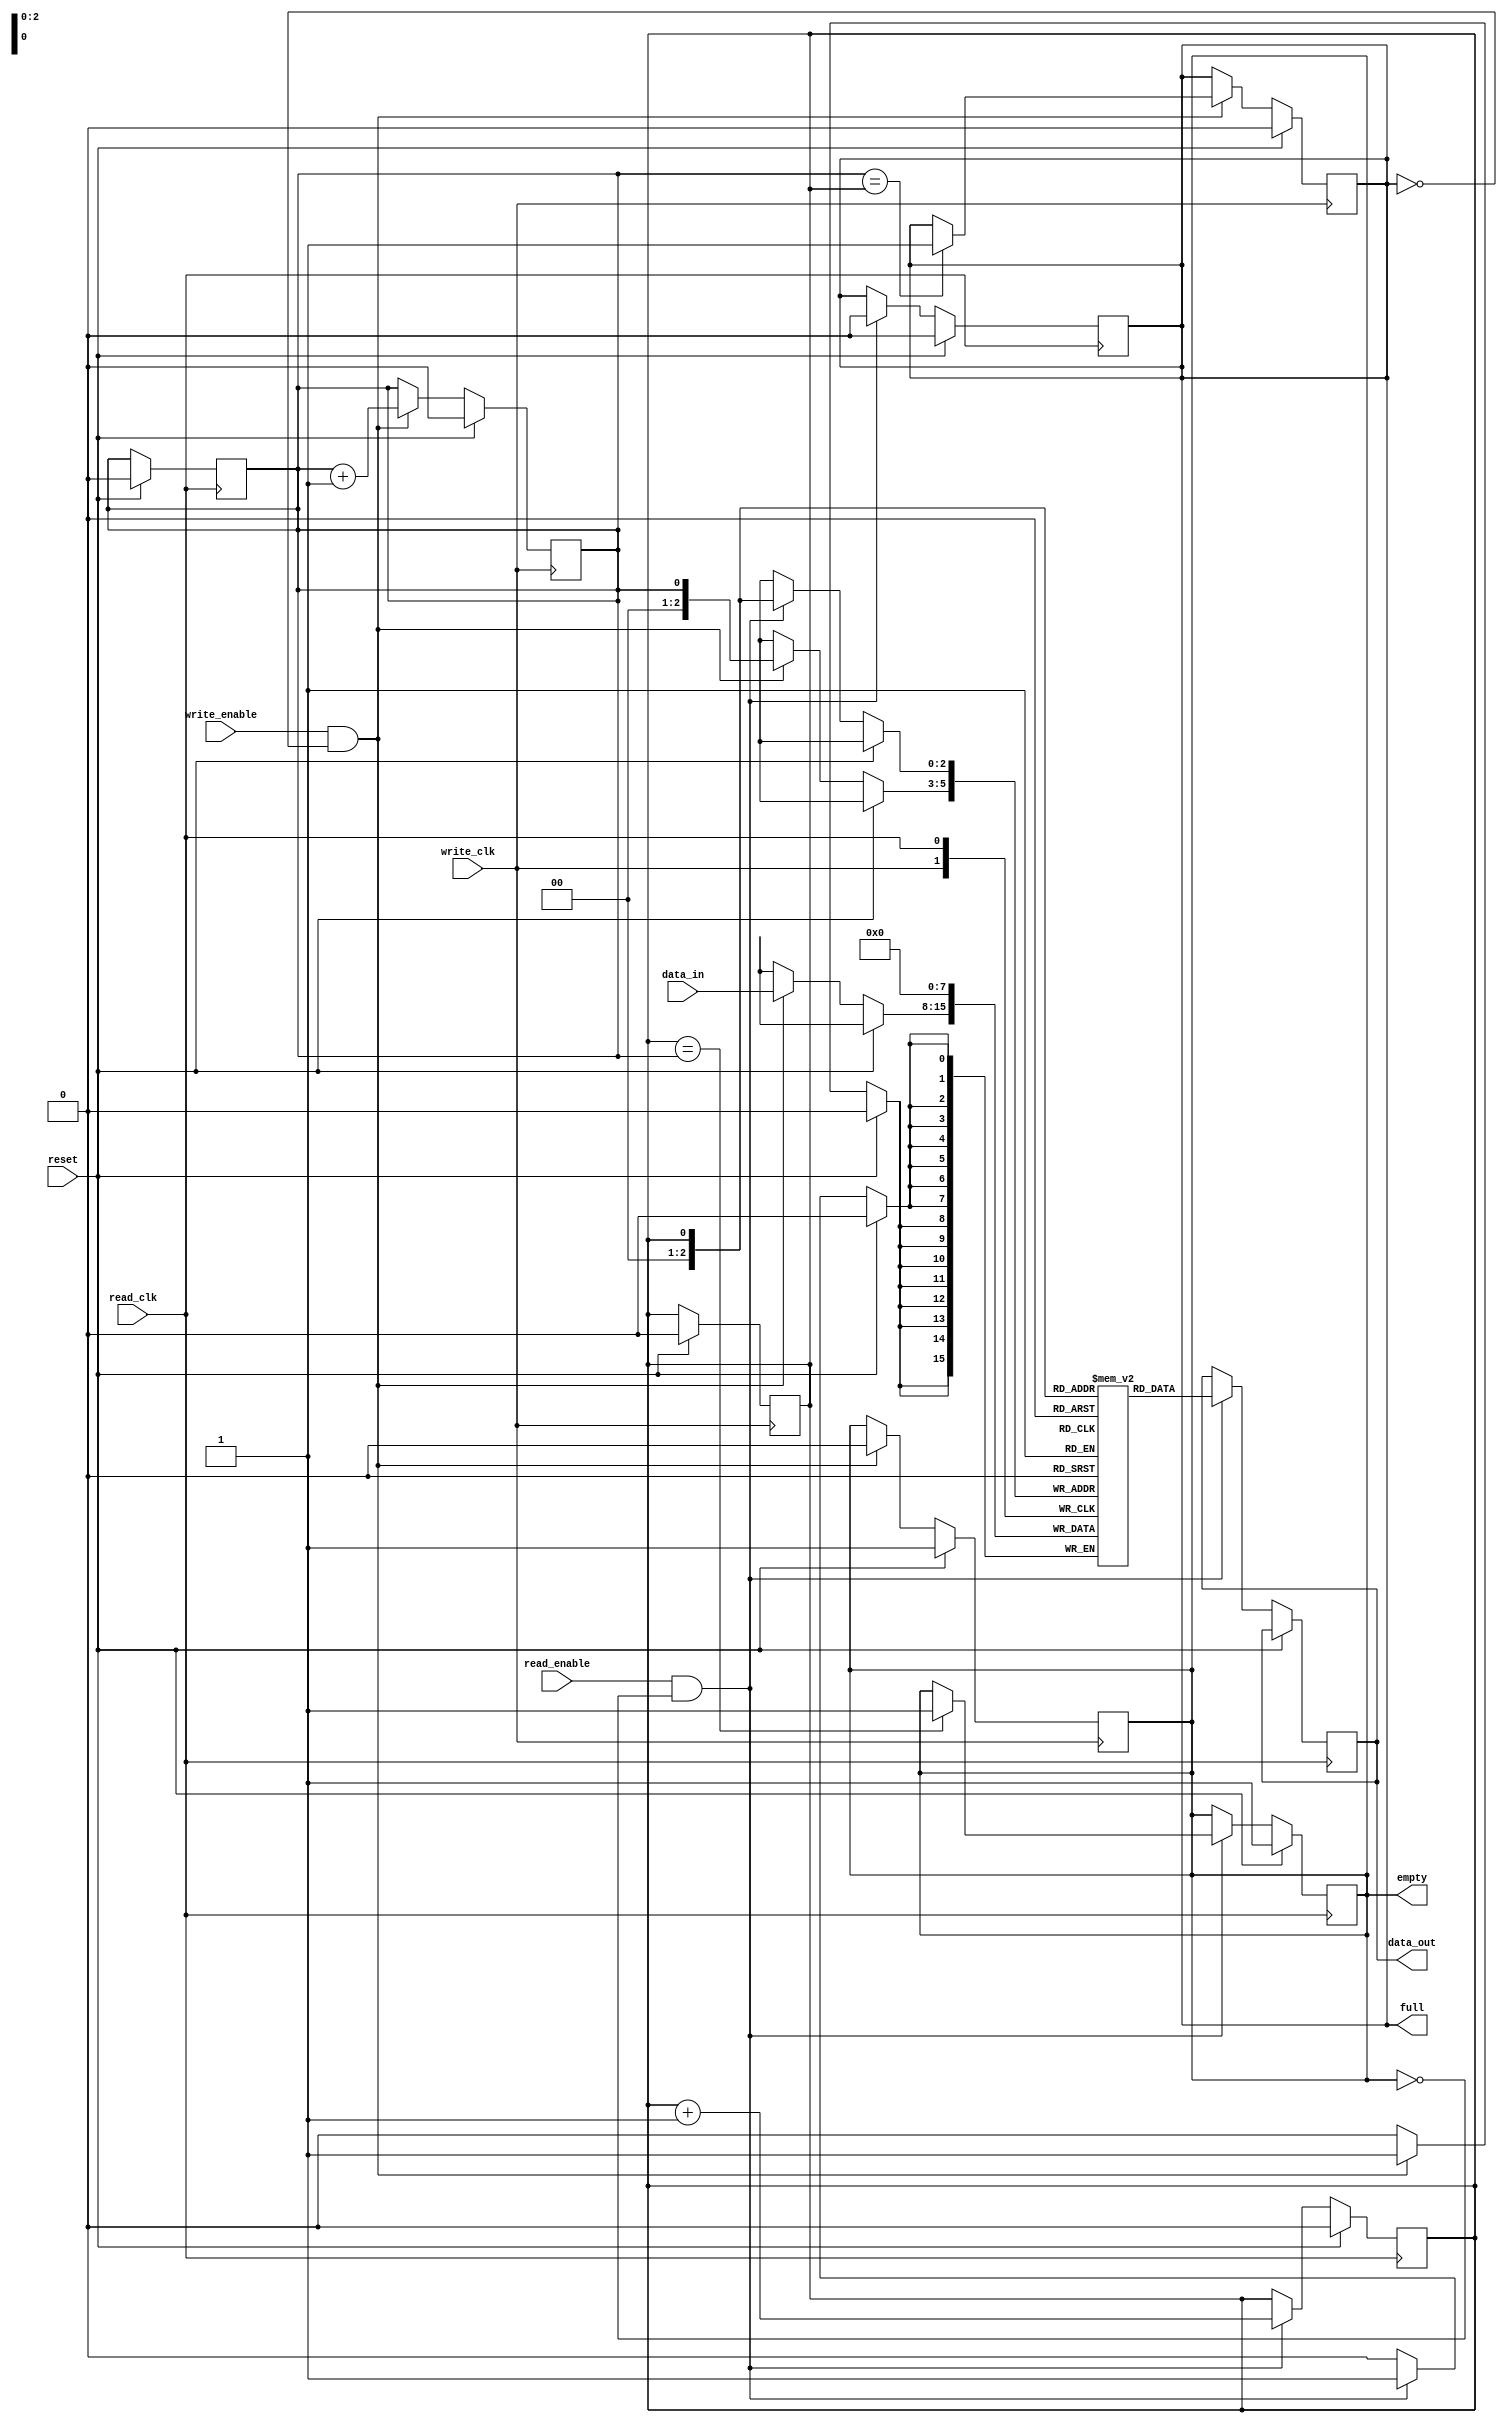
module synchronous_fifo(
    input write_clk,
    input read_clk,
    input reset,
    input write_enable,
    input read_enable,
    input [7:0] data_in,
    output [7:0] data_out,
    output full,
    output empty
);

reg [7:0] fifo [0:7];
reg write_ptr = 0;
reg read_ptr = 0;
reg full = 0;
reg empty = 1;

always @(posedge write_clk) begin
    if(reset) begin
        write_ptr <= 0;
        read_ptr <= 0;
        empty <= 1;
        full <= 0;
    end else begin
        if(write_enable && !full) begin
            fifo[write_ptr] <= data_in;
            write_ptr <= write_ptr + 1;
            if(write_ptr == 7)
                write_ptr <= 0;
            empty <= 0;
            if(write_ptr == read_ptr)
                full <= 1;
        end
    end
end

always @(posedge read_clk) begin
    if(reset) begin
        write_ptr <= 0;
        read_ptr <= 0;
        empty <= 1;
        full <= 0;
    end else begin
        if(read_enable && !empty) begin
            data_out <= fifo[read_ptr];
            fifo[read_ptr] <= 0;
            read_ptr <= read_ptr + 1;
            if(read_ptr == 7)
                read_ptr <= 0;
            full <= 0;
            if(read_ptr == write_ptr)
                empty <= 1;
        end
    end
end

endmodule